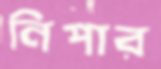
নিপার